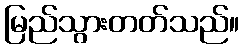
မြည်သွားတတ်သည်။